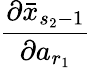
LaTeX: \frac{\partial\bar{x}_{s_{2}-1}}{\partial a_{r_{1}}}